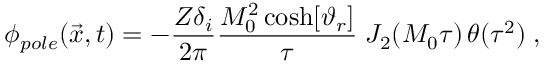
\phi _ { p o l e } ( { \vec { x } } , t ) = - { \frac { Z \delta _ { i } } { 2 \pi } } { \frac { M _ { 0 } ^ { 2 } \cosh [ \vartheta _ { r } ] } { \tau } } \; J _ { 2 } ( M _ { 0 } \tau ) \, \theta ( \tau ^ { 2 } ) \; ,